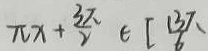
\pi x + \frac { 3 \pi } { 2 } \in [ \frac { 1 3 \pi } { 6 }